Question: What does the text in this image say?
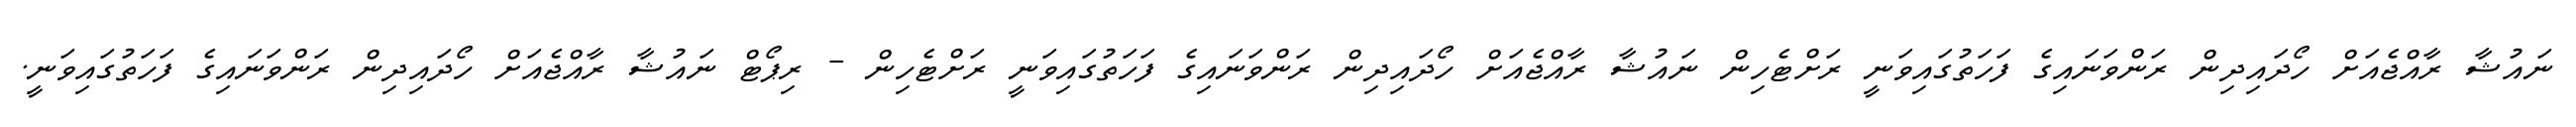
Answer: ނައުޝާ ރާއްޖެއަށް ހޯދައިދިން ރަންވަނައިގެ ފަހަތުގައިވަނީ ރަށްޓެހިން ނައުޝާ ރާއްޖެއަށް ހޯދައިދިން ރަންވަނައިގެ ފަހަތުގައިވަނީ ރަށްޓެހިން - ރިޕޯޓް ނައުޝާ ރާއްޖެއަށް ހޯދައިދިން ރަންވަނައިގެ ފަހަތުގައިވަނީ.